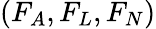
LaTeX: (F_{A},F_{L},F_{N})